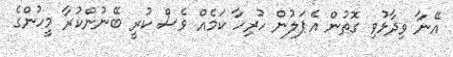
އޭނާ ވިދާޅުވި ގޮތުން އެޕަލުން ހުރިހާ ކަމެއް ވެސް ކުރީ ބޭނުންކުރާ މީހުންގެ